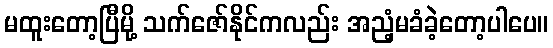
မထူးတော့ပြီမို့ သက်ဇော်နိုင်ကလည်း အညံ့မခံခဲ့တော့ပါပေ။